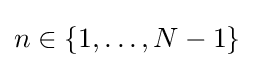
n\in {}\{1,\dots ,N-1\}